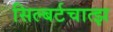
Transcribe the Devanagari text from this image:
सिल्बर्टचात्झ